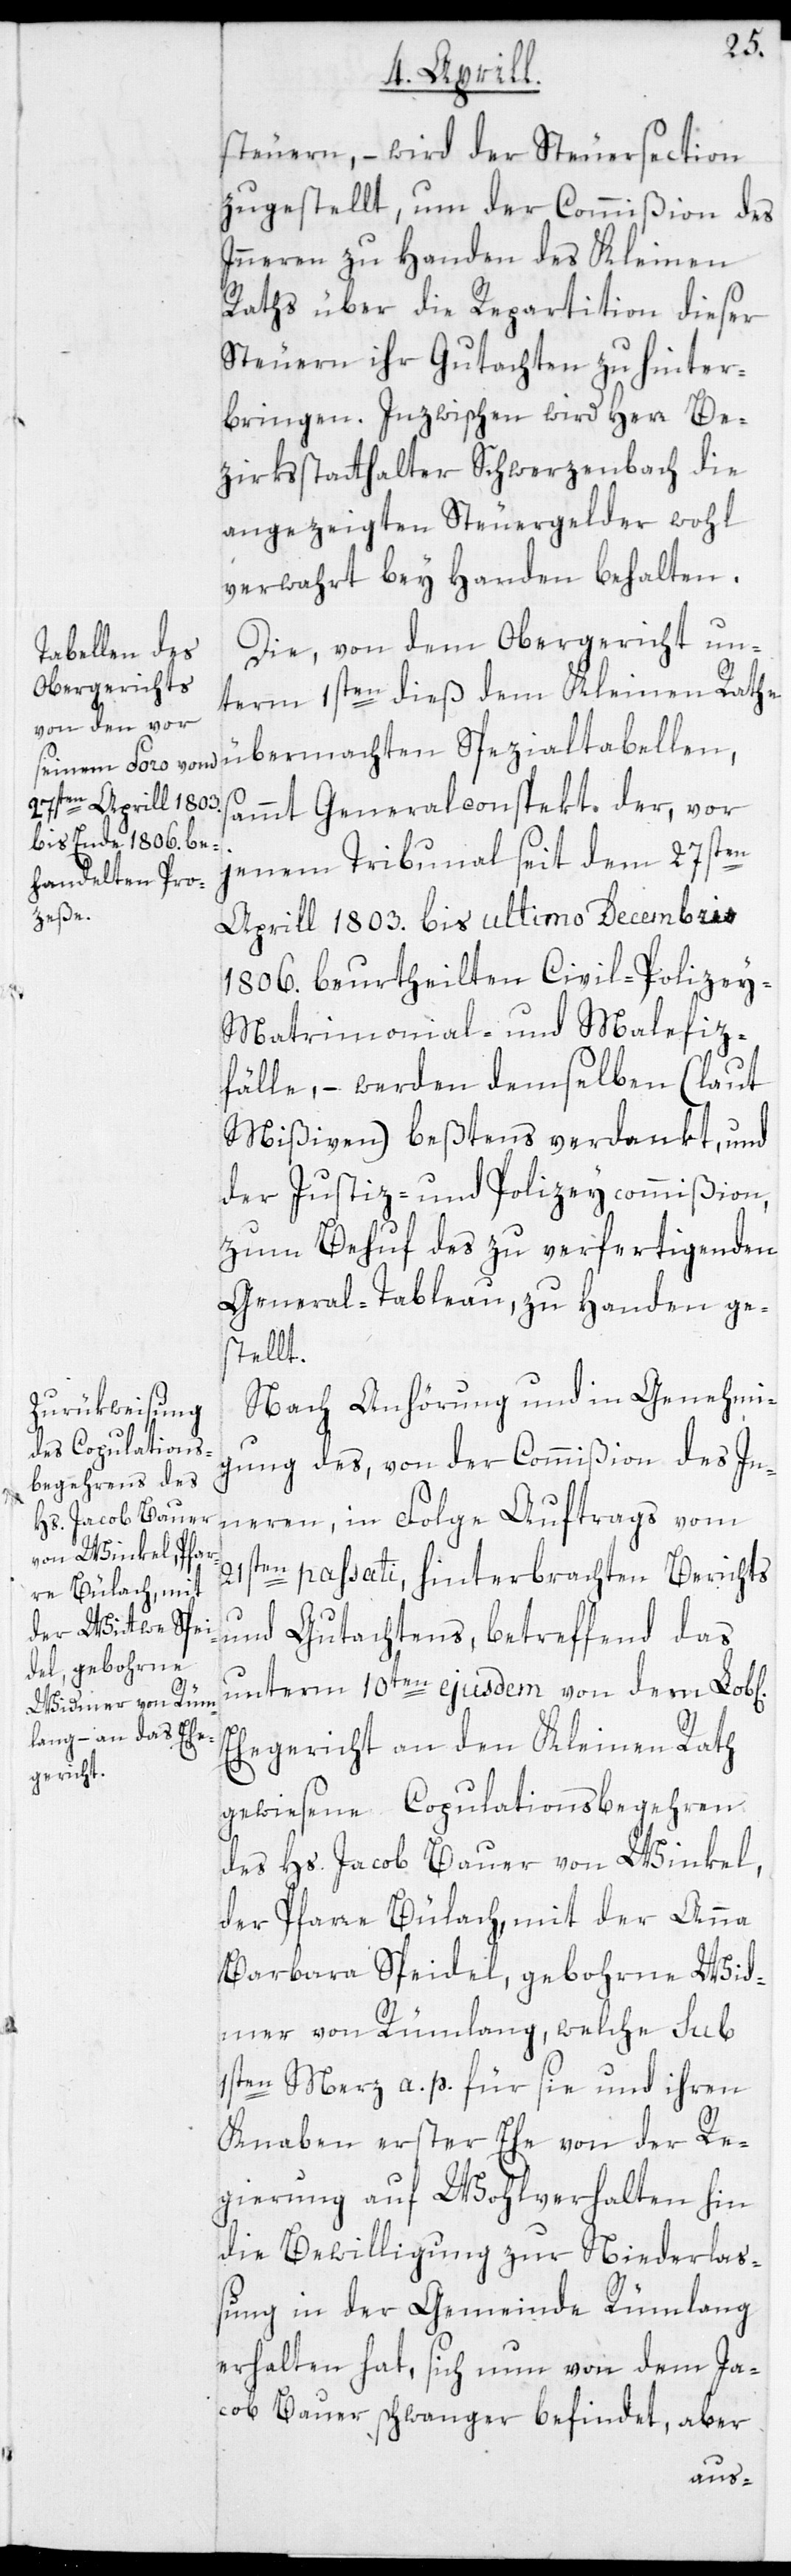
steuern, – wird der Steuersection
zugestellt, um der Commißion des
Inneren zu Handen des Kleinen
Raths über die Repartition dieser
Steuern ihr Gutachten zu hinter¬
bringen. Inzwischen wird Herr Be¬
zirksstatthalter Schwerzenbach die
angezeigten Steuergelder wohl
verwahrt bey Handen behalten.
Die, von dem Obergericht un¬
term 1sten dieß dem Kleinen Rathe
übermachten Spezialtabellen,
ammt Generalconspekt der, vor
jenem Tribunal seit dem 27sten
Aprill 1803. bis ultimo Decembris
1806. beurtheilten Civil-[,] Polizey-[,]
Matrimonial- und Malefiz¬
fälle, – werden demselben (laut
Mißiven) beßtens verdankt, und
der Justiz- und Polizeycommißion,
zum Behuf des zu verfertigenden
General-Tableau, zu Handen ge¬
stellt.
Nach Anhörung und in Genehmig¬
ung des, von der Commißion des In¬
neren, in Folge Auftrags vom
21sten passati, hinterbrachten Berichts
und Gutachtens, betreffend das
unterm 10ten ejusdem von dem Lob[l
Ehegericht an den Kleinen Rath
gewiesene Copulationsbegehren
des Hs. Jacob Bauer von Winkel,
der Pfarre Bülach, mit der Anna
Barbara Speidel, gebohrne Wid¬
mer von Rümlang, welche sub
1sten Merz a. p. für sie und ihren
Knaben erster Ehe von der Re¬
gierung auf Wohlverhalten hin
die Bewilligung zur Niederlas¬
sung in der Gemeinde Rümlang
erhalten hat, sich nun von dem Ja¬
cob Bauer schwanger befindet, aber
s¬